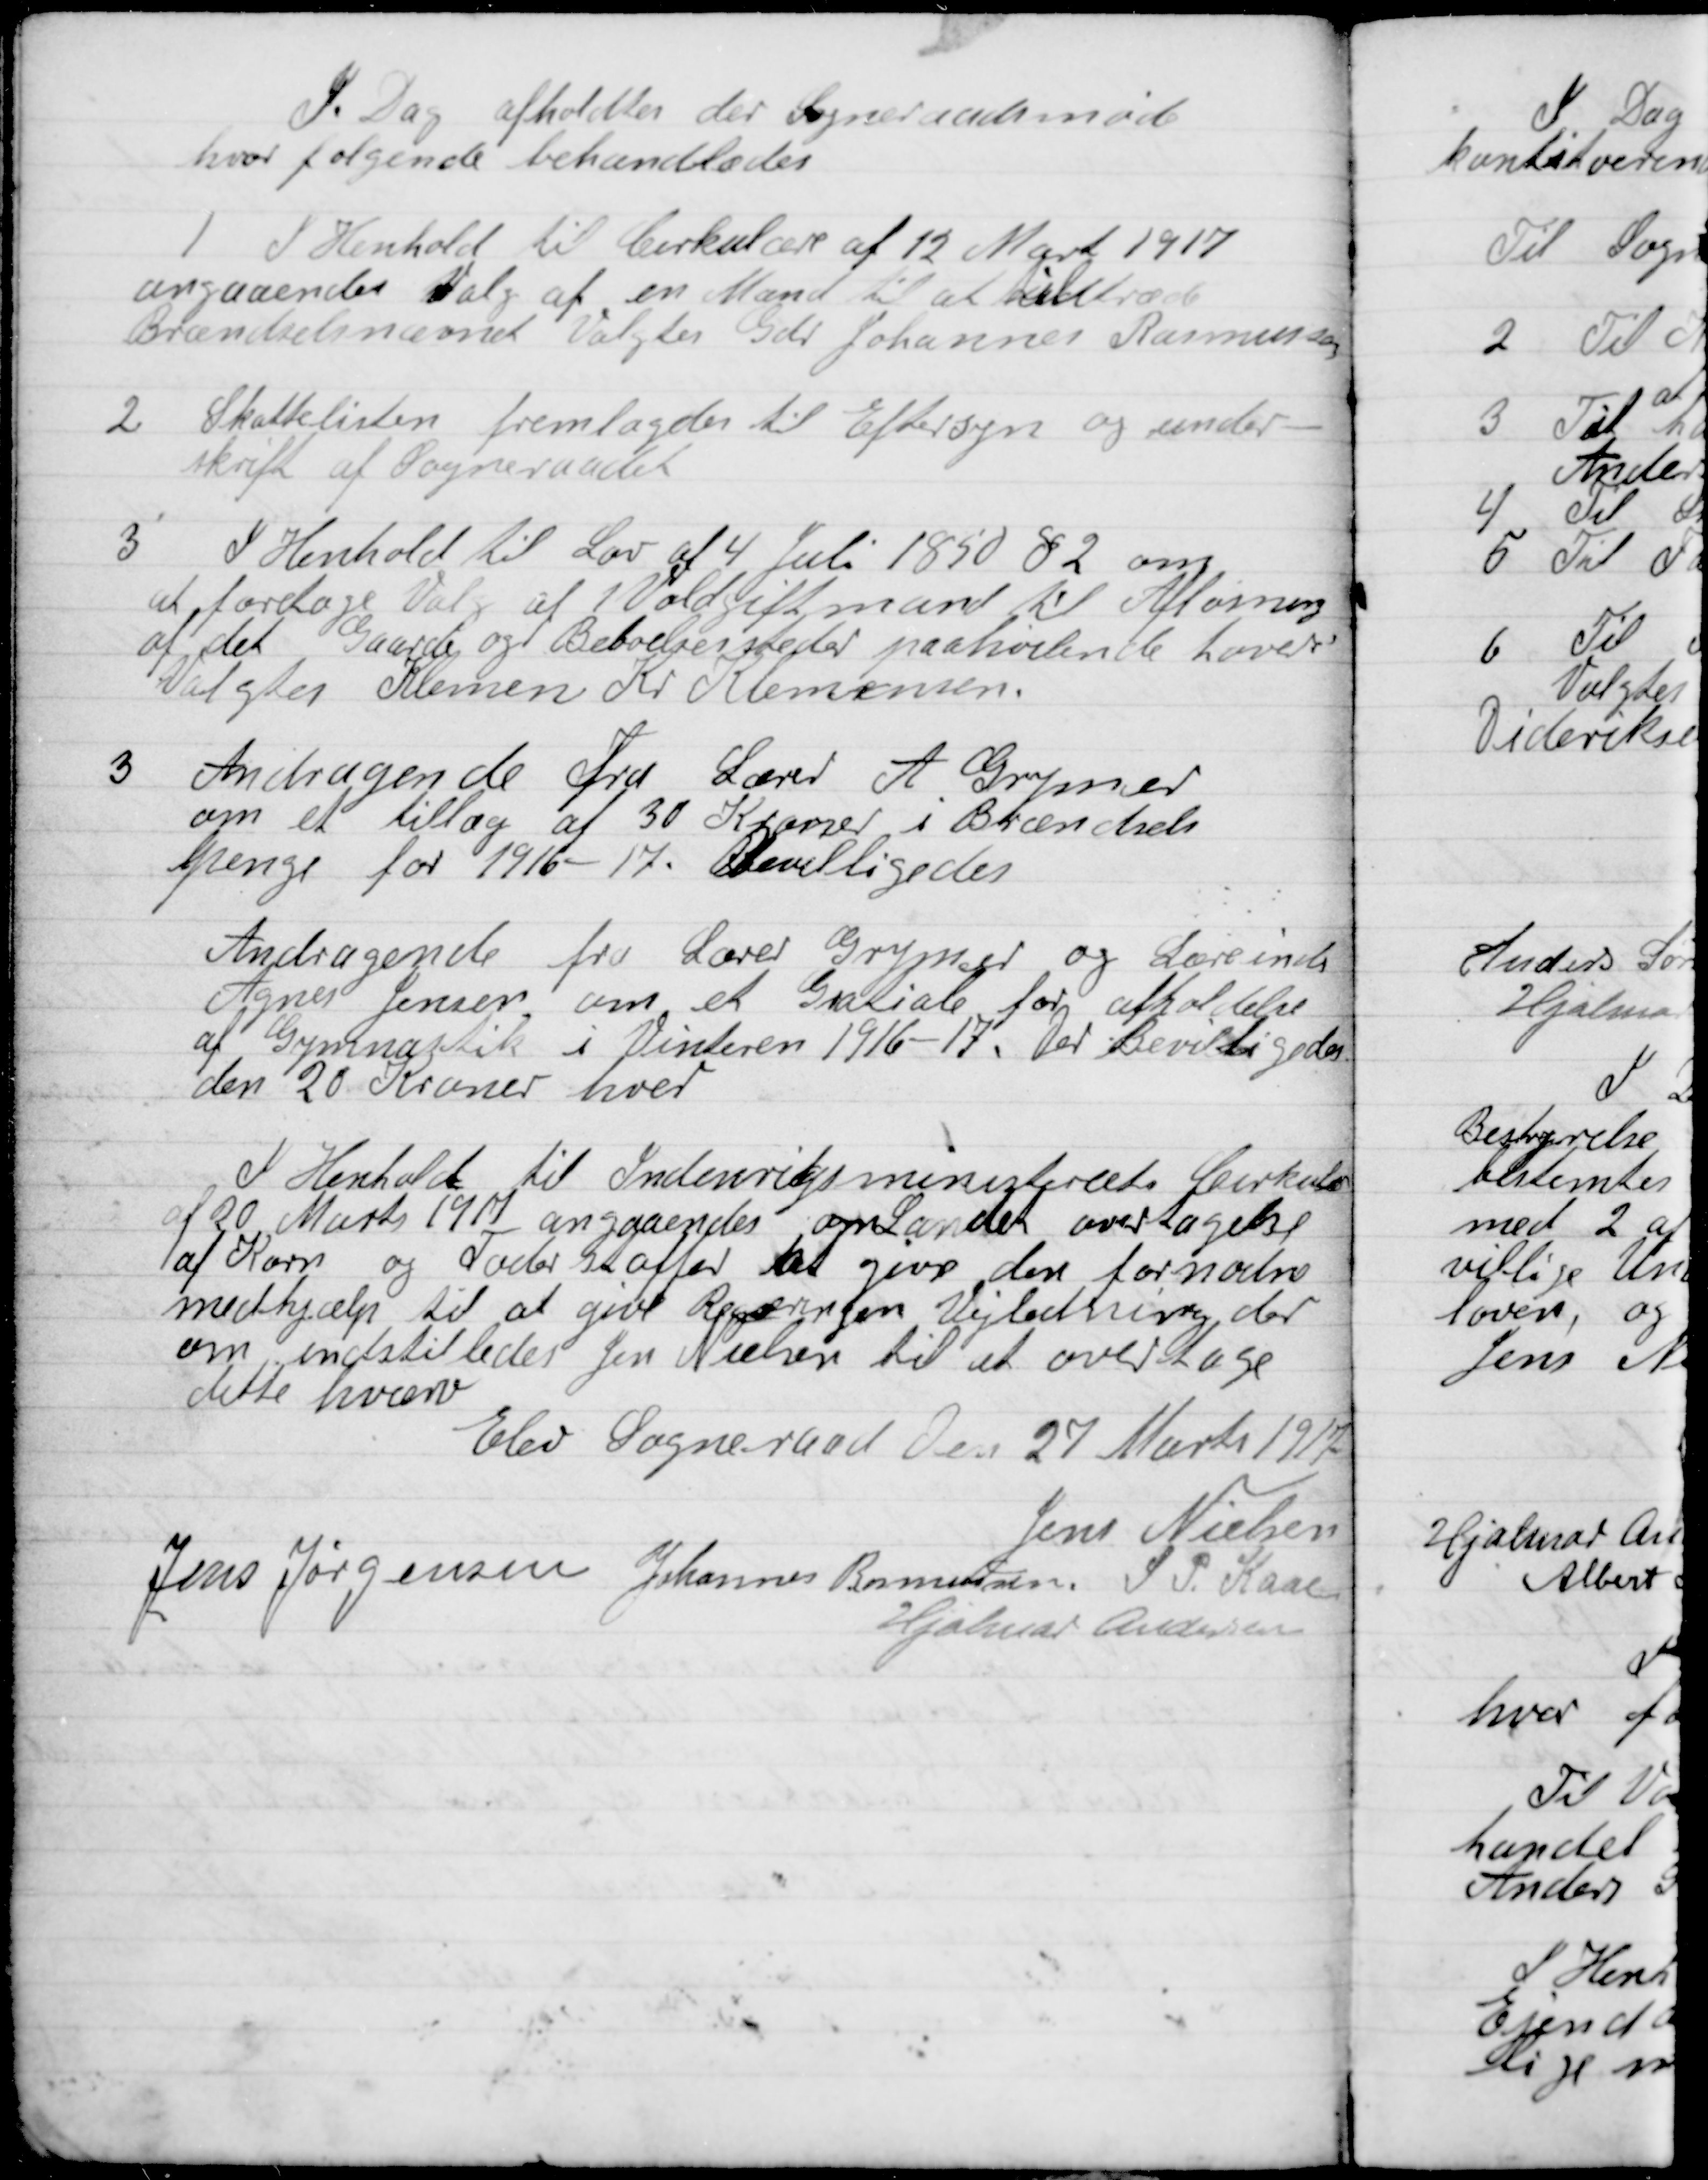
Transskription:
I Dag afholdtes der Sogneraadsmøde
hvor følgende Behandledes

1

I Henhold til Cirkulære af 12 Marts 1917
angaaende Valg af en Mand til at tiltræde
Brændselsnævn Valgtes Gdr. Johannes Rasmussen.

2

Skattelisten fremlagdes til Eftersyn og under-
skrift af Sogneraadet.

3

I Henhold til Lov af 4 juli 1850 § 2 om
at foretage Valg af 1 Voldgiftsmand til Afløsning
af det Gaarde og Beboelsessteder paahvilende loven
Valgtes Klemen Kr. Klemmensen.

3

Andragene Fra Lærer A. Gunner
om et tillæg af 30 Kroner i Brændsel-
penge for 1916-17. Bevilligedes.

Andragende fra lærer Gunnar og Lærerinde-
Agnes Jensen om et Gratiale for afholdelse
af Gymnastik i Vinteren 1916-17. Der bevilgedes
dem 20 Kroner hver.

I Henhold til Indenrigsministeriets Cirkulære
af 20 Marts 1917  angaaende op Landet overtagelse
af Korn og Foderstoffer det giver den fornødne
medhjælp til at give  Vejledning der
om indstilledes Jen Nielsen til at overtage
dette hverv.

Elev Sogneraad den 27 Marts 1917

Jens Nielsen
Jens Jørgensen
Johannes Rasmussen
S. P. Kaae.
Hjalmar Andersen